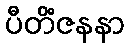
ပီတိံဇနနာ